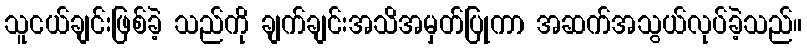
သူငယ်ချင်းဖြစ်ခဲ့ သည်ကို ချက်ချင်းအသိအမှတ်ပြုကာ အဆက်အသွယ်လုပ်ခဲ့သည်။